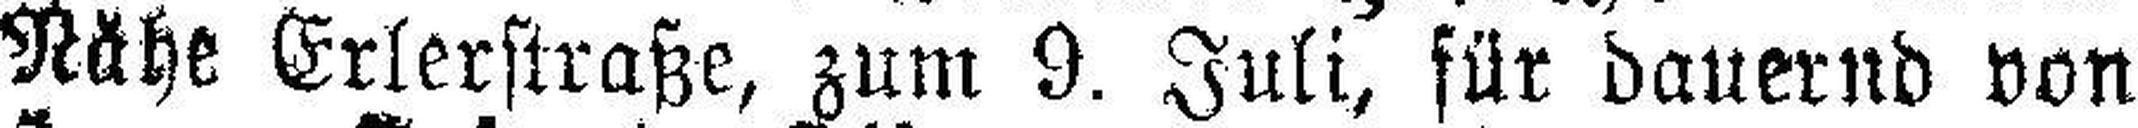
Nähe Erlerstraße, zum 9. Juli, für dauernd von